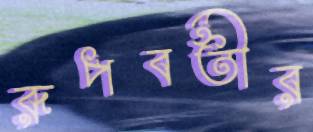
রূপবতীর